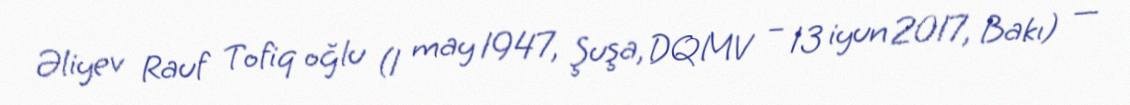
Əliyev Rauf Tofiq oğlu (1 may 1947, Şuşa, DQMV – 13 iyun 2017, Bakı) —